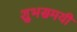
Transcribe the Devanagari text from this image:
शुभसमयी